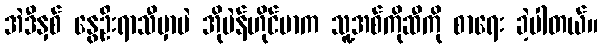
အဲဒီနှစ် နွေဦးရာသီမှာပဲ အိုပဲန်ဟိုင်မာက သူ့အစ်ကိုဆီကို စာရေး ခဲ့ပါတယ်။